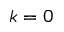
k = 0